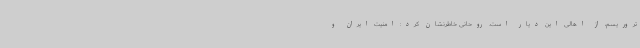
تروریسم، از اهالی این دیار است. روحانی خاطرنشان کرد: امنیت ایران و